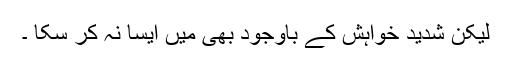
لیکن شدید خواہش کے باوجود بھی میں ایسا نہ کر سکا ۔